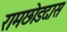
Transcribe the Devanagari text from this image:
रामछोडदास